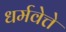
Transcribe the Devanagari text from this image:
धर्मवेत्ते